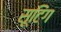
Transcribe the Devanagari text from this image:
सूटिंग